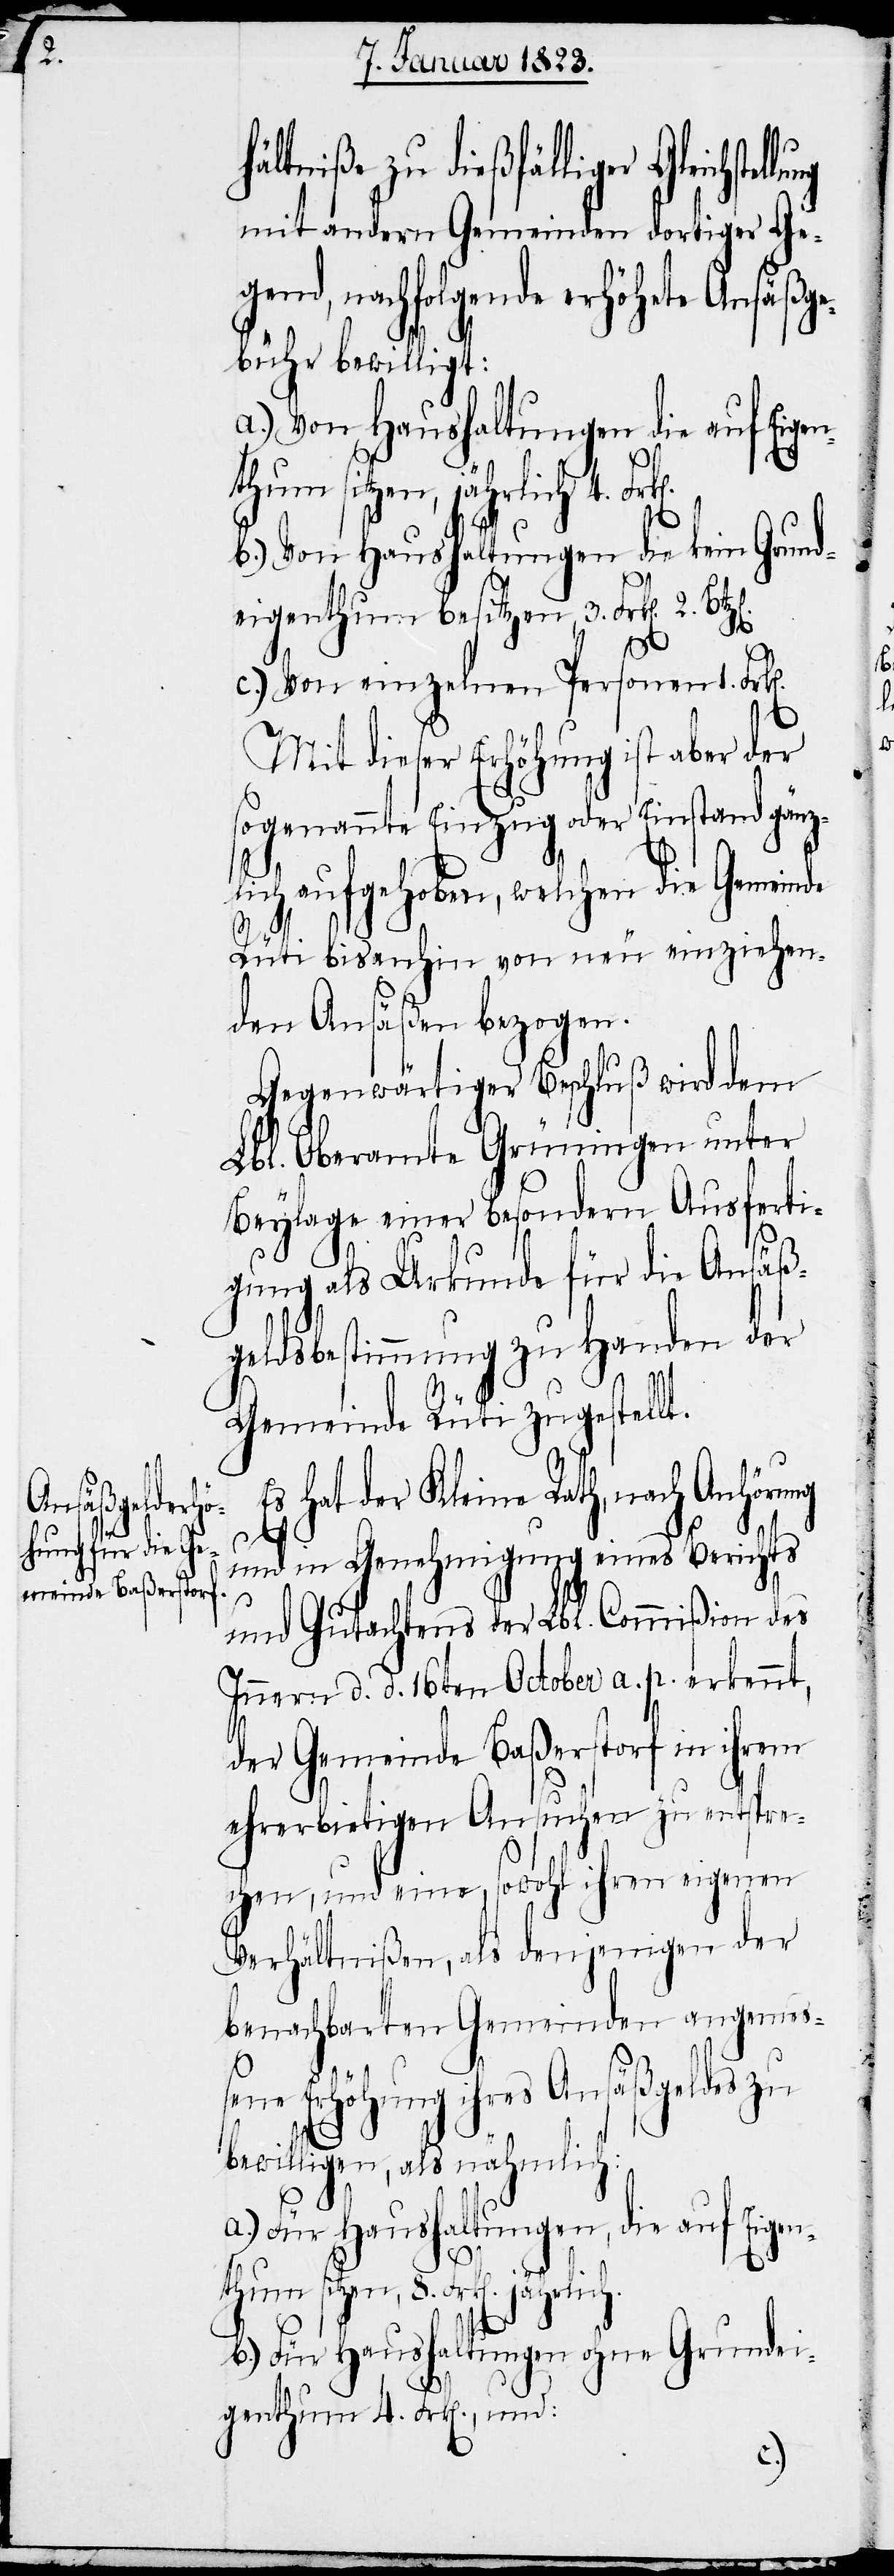
hältniße zu dießfälliger Gleichstel¬
mit andern Gemeinden dortiger Geg¬
end, nachfolgende erhöhete Ansäßg¬
ebühr bewilligt:
a.) von Haushaltungen die auf Eigen¬
b.) Von Haushaltungen die kein Grund¬
eigenthum besitzen, 3. Frk[en]. 2.
4.
und:
c.) Von einzelnen Personen 1. Fr¬
Mit dieser Erhöhung ist aber der
sogenannte Einzug oder Einstand gänz¬
lich aufgehoben, welchen die Gemeinde
Rüti bis anhin von neu einziehen¬
den Ansäßen bezogen.
Gegenwärtiger Beschluß wird dem
Lbl. Oberamte Grüningen unter
Beylage einer besondern Ausferti¬
gung als Urkunde für die Ansäß¬
geldsbestimmung zu Handen der
Gemeinde Rüti zugestellt.
hat der Kleine Rath, nach Anhöru¬
und in Genehmigung eines Berichts
und Gutachtens der Lbl. Commißion des
Innern d. d. 16ten October a. p. erkennt,
der Gemeinde Baßerstorf in ihrem
ehrerbietigen Ansuchen zu entspre¬
chen, und eine, sowohl ihren eigenen
Verhältnißen, als denjenigen der
benachbarten Gemeinden angemeß¬
ene Erhöhung ihres Ansäßgeldes zu
bewilligen, als nähmlich:
a.) Für Haushaltungen, die auf Eigen¬
thum sitzen, 8. Frk[en].
b.) Für Haushaltungen ohne Grundei¬